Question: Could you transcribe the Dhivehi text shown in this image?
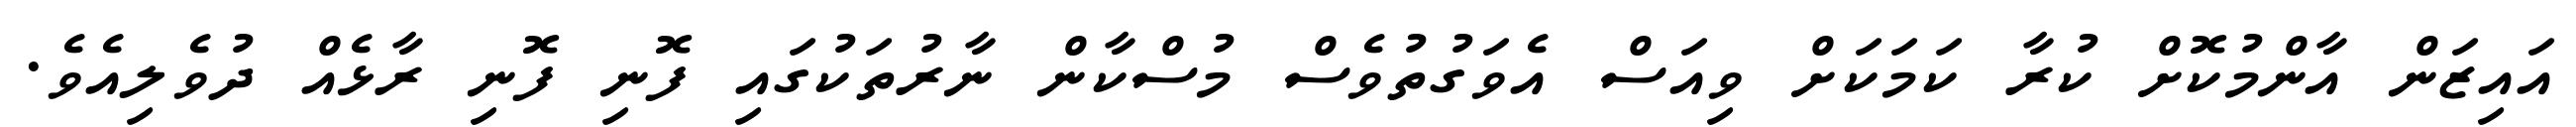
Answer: އައިޒަން އާންމުކޮށް ކުރާ ކަމަކަށް ވިއަސް އެވަގުތުވެސް މުސްކާން ނާރުތަކުގައި ފޮނި ފޮނި ރާޅެއް ދުވެލިއެވެ.